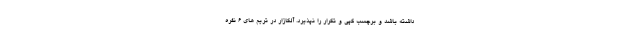
داشته باشد و برچسب کپی و تکرار را نپذیرد. آلکازار در تریم های 6 نفره